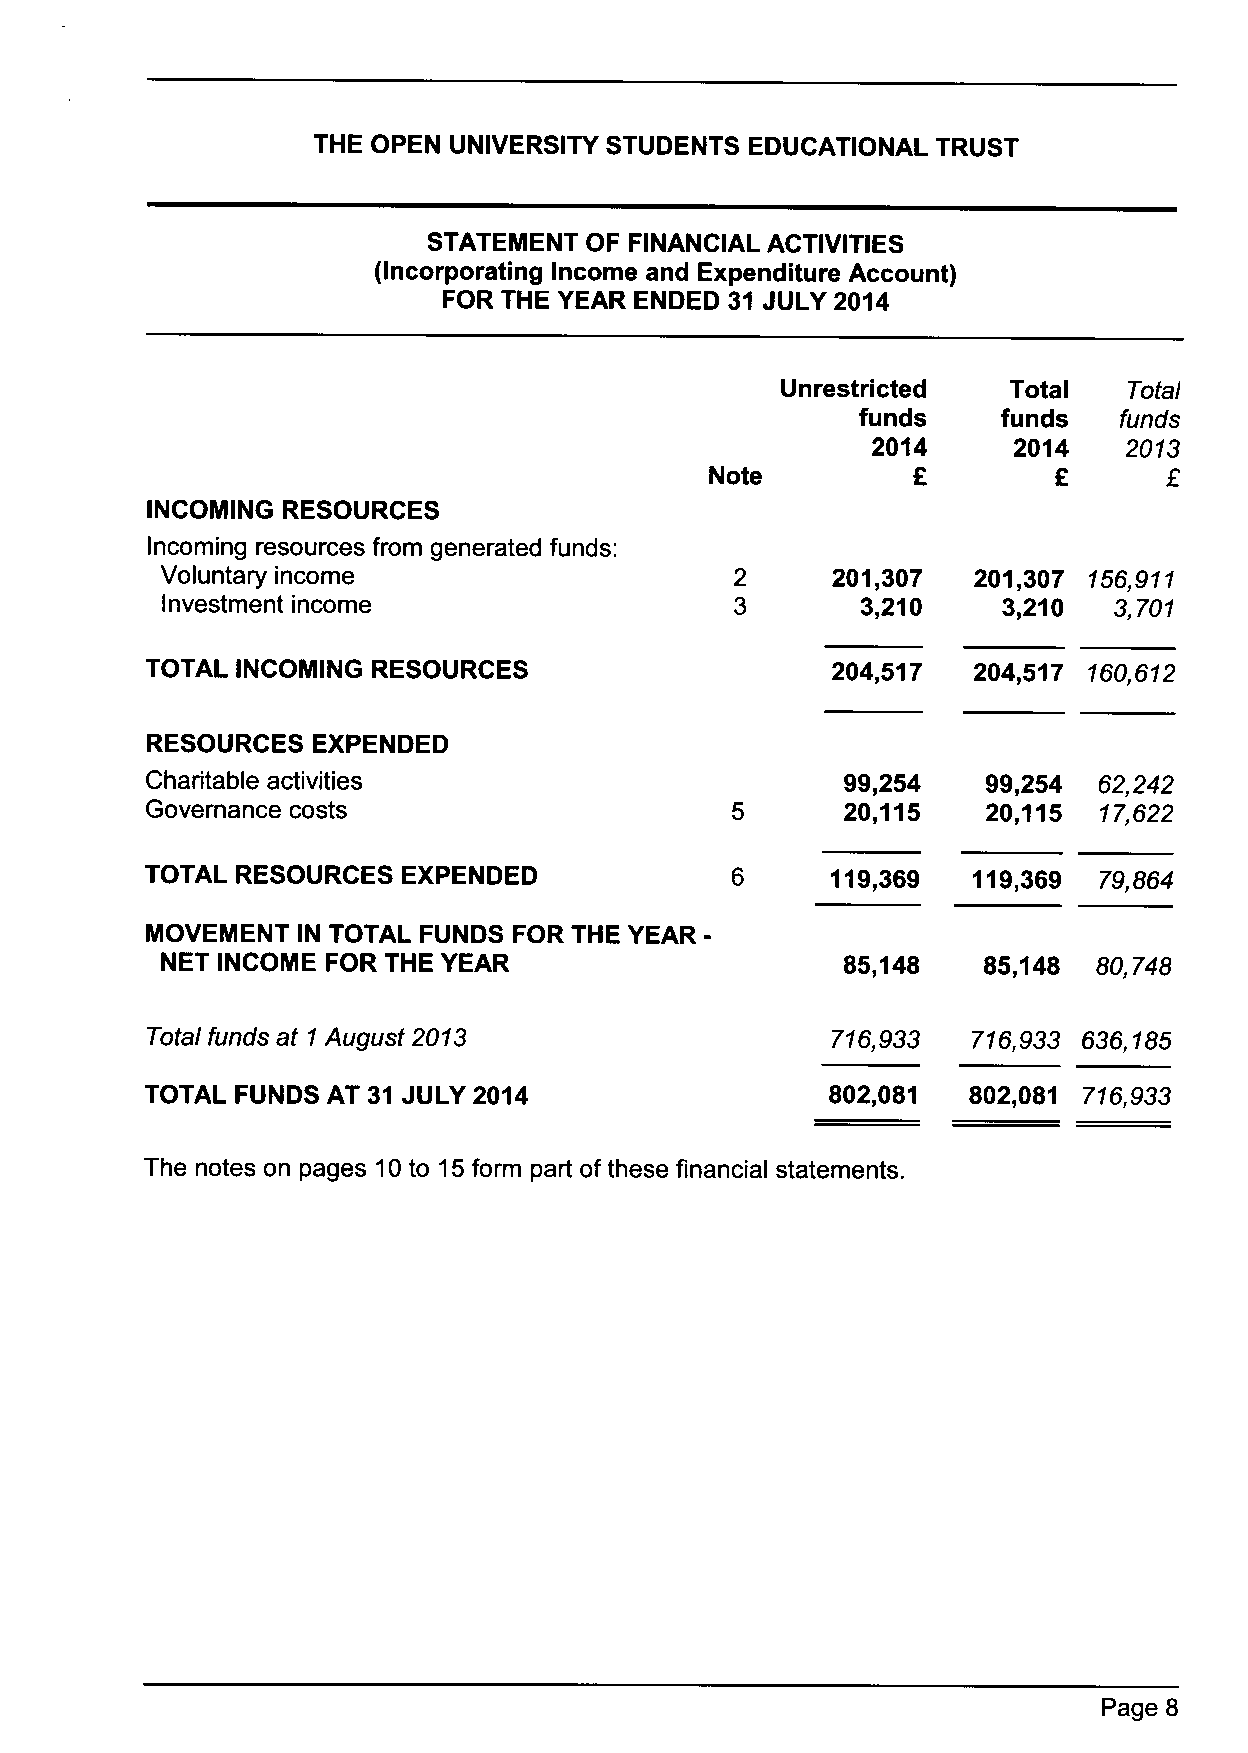
THE OPEN UNIVERSITY STUDENTS EDUCATIONAL TRUST
 STATEMENT  OF FINANCIAL ACTIVITIES
 (Incorporating Income and Expenditure Account)
 FOR THE YEAR ENDED 31 JULY 2014
 Unrestricted   Total   Total
 funds    funds   funds
 2014     2014    2013
 Note
 INCOMING RESOURCES
 Incoming resources from generated funds:
 Voluntary income                            201,307   201,307 156,911
 Investment income                             3,210    3,210   3,701
 TOTAL INCOMING RESOURCES                     204,517  204,517 160,612
 RESOURCES  EXPENDED
 Charitable activities                         99,254   99,254  62,242
 Governance costs                              20,115   20,115  17,622
 TOTAL RESOURCES  EXPENDED                    119,369  119,369  79,864
 MOVEMENT  IN TOTAL FUNDS FOR THE YEAR-
 NET INCOME FOR THE YEAR                      85,148   85,148  80,748
 Total funds at 1 August 2013                 716,933  716,933 636,185
 TOTAL FUNDS AT 31 JULY 2014                  802,081  802,081 716,933
 The notes on pages 10to 15form part ofthese financial statements.
 Page 8